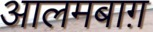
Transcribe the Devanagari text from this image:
आलमबाग़